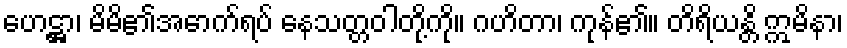
ဟေဋ္ဌာ၊ မိမိ၏အောက်ရပ် နေသတ္တဝါတို့ကို။ ဂဟိတာ၊ ကုန်၏။ တိရိယန္တိ ဣမိနာ၊